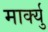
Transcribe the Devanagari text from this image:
मार्क्यु